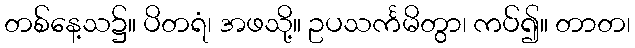
တစ်နေ့သ၌။ ပိတရံ၊ အဖသို့။ ဥပသင်္ကမိတွာ၊ ကပ်၍။ တာတ၊